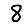
Digit: 8